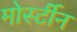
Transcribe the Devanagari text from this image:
मोर्स्टीन